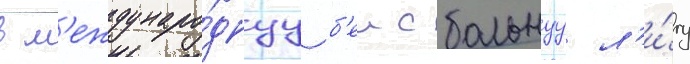
в м'еждунаро́днуу б'еисбольнуу л'и́гу